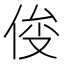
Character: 𰂍